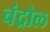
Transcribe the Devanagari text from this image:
चंद्रोल